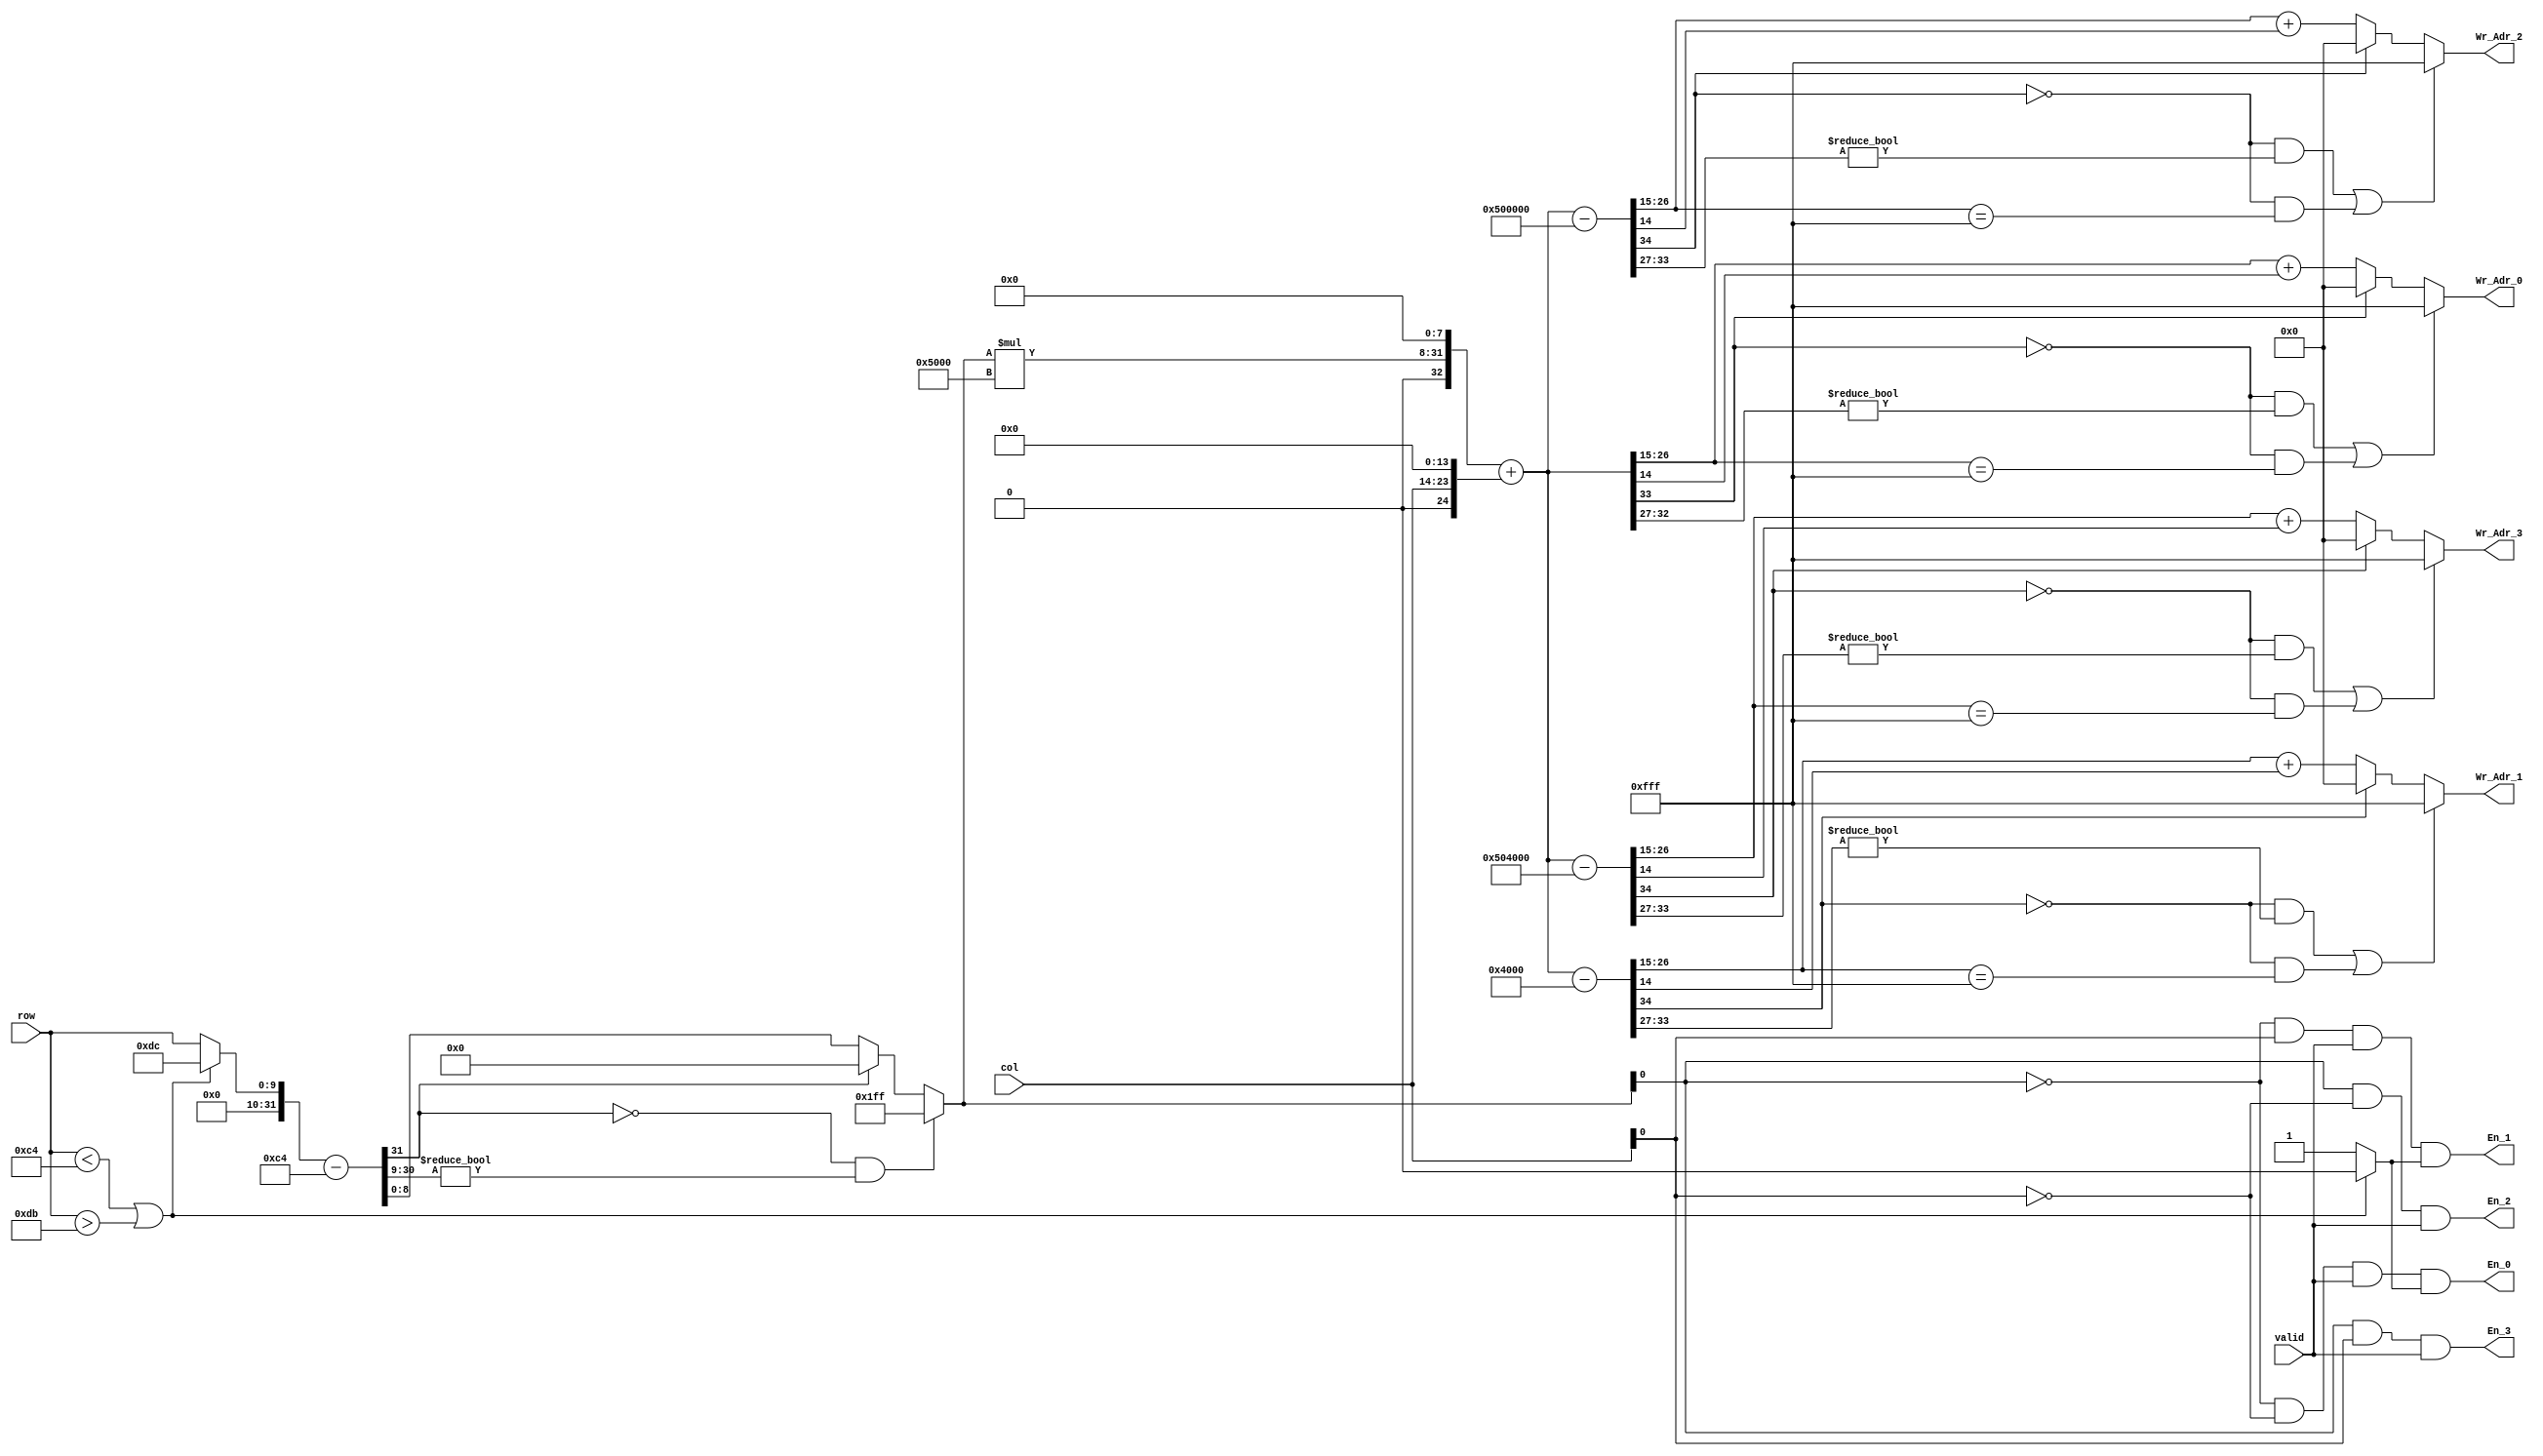
// -------------------------------------------------------------
// 
// 
// Generated by MATLAB 9.6 and HDL Coder 3.14
// 
// -------------------------------------------------------------


// -------------------------------------------------------------
// 
// Module: BirdEyeViewImproved_ip_src_Line_Buffer_Write_Address
// Source Path: BirdEyeView_Bilinear_V1/IP_Core/Line_Buffer_Write_Address
// Hierarchy Level: 1
// 
// -------------------------------------------------------------

`timescale 1 ns / 1 ns

module BirdEyeViewImproved_ip_src_Line_Buffer_Write_Address
          (col,
           row,
           valid,
           Wr_Adr_0,
           En_0,
           Wr_Adr_1,
           En_1,
           Wr_Adr_2,
           En_2,
           Wr_Adr_3,
           En_3);


  input   [9:0] col;  // ufix10
  input   [9:0] row;  // ufix10
  input   valid;
  output  [11:0] Wr_Adr_0;  // ufix12
  output  En_0;
  output  [11:0] Wr_Adr_1;  // ufix12
  output  En_1;
  output  [11:0] Wr_Adr_2;  // ufix12
  output  En_2;
  output  [11:0] Wr_Adr_3;  // ufix12
  output  En_3;


  reg [11:0] Wr_Adr_0_1;  // ufix12
  reg  En_0_1;
  reg [11:0] Wr_Adr_1_1;  // ufix12
  reg  En_1_1;
  reg [11:0] Wr_Adr_2_1;  // ufix12
  reg  En_2_1;
  reg [11:0] Wr_Adr_3_1;  // ufix12
  reg  En_3_1;
  reg signed [31:0] Dump;  // double
  reg [8:0] row_adr;  // ufix9
  reg [9:0] col_adr;  // ufix10
  reg  Dump_fi;  // ufix1
  reg signed [33:0] full_adr_0;  // sfix34_En15
  reg signed [34:0] full_adr_1;  // sfix35_En15
  reg signed [34:0] full_adr_2;  // sfix35_En15
  reg signed [34:0] full_adr_3;  // sfix35_En15
  reg signed [31:0] row1;  // ufix10
  reg signed [31:0] col1;  // ufix10
  reg signed [31:0] sub_temp;  // int32
  reg signed [9:0] cast;  // sfix10
  reg signed [25:0] mul_temp;  // sfix26_En7
  reg signed [24:0] add_cast;  // sfix25_En7
  reg signed [33:0] add_cast_0;  // sfix34_En15
  reg signed [10:0] add_cast_1;  // sfix11_En1
  reg signed [26:0] add_cast_2;  // sfix27_En15
  reg signed [25:0] add_cast_3;  // sfix26_En15
  reg signed [33:0] add_cast_4;  // sfix34_En15
  reg signed [34:0] sub_cast;  // sfix35_En15
  reg signed [34:0] sub_cast_0;  // sfix35_En15
  reg signed [34:0] sub_cast_1;  // sfix35_En15


  always @(col, row, valid) begin
    // row_adr = fi(row,0,9,0);
    // col_adr = fi(col,0,10,0);
    row1 = {22'b0, row};
    col1 = {22'b0, col};
    //The following code ensures that row is always within the range [0 24],
    //Row 24 is the dump for unwanted rows <196 and >219. 
    if ((row1 < 32'sd196) || (row1 > 32'sd219)) begin
      row1 = 32'sd220;
      Dump = 32'sd0;
    end
    else begin
      Dump = 32'sd1;
    end
    // Dump = 1;
    sub_temp = row1 - 32'sd196;
    if ((sub_temp[31] == 1'b0) && (sub_temp[30:9] != 22'b0000000000000000000000)) begin
      row_adr = 9'b111111111;
    end
    else if (sub_temp[31] == 1'b1) begin
      row_adr = 9'b000000000;
    end
    else begin
      row_adr = sub_temp[8:0];
    end
    col_adr = col1[9:0];
    Dump_fi = Dump[0];
    cast = {1'b0, row_adr};
    mul_temp = cast * 16'sb0101000000000000;
    if ((mul_temp[25] == 1'b0) && (mul_temp[24] != 1'b0)) begin
      add_cast = 25'sb0111111111111111111111111;
    end
    else if ((mul_temp[25] == 1'b1) && (mul_temp[24] != 1'b1)) begin
      add_cast = 25'sb1000000000000000000000000;
    end
    else begin
      add_cast = mul_temp[24:0];
    end
    add_cast_0 = {add_cast[24], {add_cast, 8'b00000000}};
    add_cast_1 = {1'b0, col_adr};
    add_cast_2 = {{2{add_cast_1[10]}}, {add_cast_1, 14'b00000000000000}};
    if ((add_cast_2[26] == 1'b0) && (add_cast_2[25] != 1'b0)) begin
      add_cast_3 = 26'sb01111111111111111111111111;
    end
    else if ((add_cast_2[26] == 1'b1) && (add_cast_2[25] != 1'b1)) begin
      add_cast_3 = 26'sb10000000000000000000000000;
    end
    else begin
      add_cast_3 = add_cast_2[25:0];
    end
    add_cast_4 = {{8{add_cast_3[25]}}, add_cast_3};
    full_adr_0 = add_cast_0 + add_cast_4;
    sub_cast = {full_adr_0[33], full_adr_0};
    full_adr_1 = sub_cast - 35'sh000004000;
    sub_cast_0 = {full_adr_0[33], full_adr_0};
    full_adr_2 = sub_cast_0 - 35'sh000500000;
    sub_cast_1 = {full_adr_0[33], full_adr_0};
    full_adr_3 = sub_cast_1 - 35'sh000504000;
    // full_adr_1 = row_adr*fi(160) + (col_adr-1)*fi(0.5);
    // full_adr_2 = (row_adr-1)*fi(160) + col_adr*fi(0.5);
    // full_adr_3 = (row_adr-1)*fi(160) + (col_adr-1)*fi(0.5);
    //Memory Size = 25*160=4000(=2^12)
    if (((full_adr_0[33] == 1'b0) && (full_adr_0[32:27] != 6'b000000)) || ((full_adr_0[33] == 1'b0) && (full_adr_0[26:15] == 12'b111111111111))) begin
      Wr_Adr_0_1 = 12'b111111111111;
    end
    else if (full_adr_0[33] == 1'b1) begin
      Wr_Adr_0_1 = 12'b000000000000;
    end
    else begin
      Wr_Adr_0_1 = full_adr_0[26:15] + full_adr_0[14];
    end
    if (((full_adr_1[34] == 1'b0) && (full_adr_1[33:27] != 7'b0000000)) || ((full_adr_1[34] == 1'b0) && (full_adr_1[26:15] == 12'b111111111111))) begin
      Wr_Adr_1_1 = 12'b111111111111;
    end
    else if (full_adr_1[34] == 1'b1) begin
      Wr_Adr_1_1 = 12'b000000000000;
    end
    else begin
      Wr_Adr_1_1 = full_adr_1[26:15] + full_adr_1[14];
    end
    if (((full_adr_2[34] == 1'b0) && (full_adr_2[33:27] != 7'b0000000)) || ((full_adr_2[34] == 1'b0) && (full_adr_2[26:15] == 12'b111111111111))) begin
      Wr_Adr_2_1 = 12'b111111111111;
    end
    else if (full_adr_2[34] == 1'b1) begin
      Wr_Adr_2_1 = 12'b000000000000;
    end
    else begin
      Wr_Adr_2_1 = full_adr_2[26:15] + full_adr_2[14];
    end
    if (((full_adr_3[34] == 1'b0) && (full_adr_3[33:27] != 7'b0000000)) || ((full_adr_3[34] == 1'b0) && (full_adr_3[26:15] == 12'b111111111111))) begin
      Wr_Adr_3_1 = 12'b111111111111;
    end
    else if (full_adr_3[34] == 1'b1) begin
      Wr_Adr_3_1 = 12'b000000000000;
    end
    else begin
      Wr_Adr_3_1 = full_adr_3[26:15] + full_adr_3[14];
    end
    En_0_1 = (((row_adr[0] == 1'b0) && (col_adr[0] == 1'b0)) && valid) && Dump_fi;
    En_1_1 = (((row_adr[0] == 1'b0) && (col_adr[0] != 1'b0)) && valid) && Dump_fi;
    En_2_1 = ((row_adr[0] != 1'b0) && (col_adr[0] == 1'b0)) && valid;
    En_3_1 = ((row_adr[0] != 1'b0) && (col_adr[0] != 1'b0)) && valid;
  end



  assign Wr_Adr_0 = Wr_Adr_0_1;

  assign En_0 = En_0_1;

  assign Wr_Adr_1 = Wr_Adr_1_1;

  assign En_1 = En_1_1;

  assign Wr_Adr_2 = Wr_Adr_2_1;

  assign En_2 = En_2_1;

  assign Wr_Adr_3 = Wr_Adr_3_1;

  assign En_3 = En_3_1;

endmodule  // BirdEyeViewImproved_ip_src_Line_Buffer_Write_Address